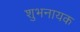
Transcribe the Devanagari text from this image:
शुभनायक